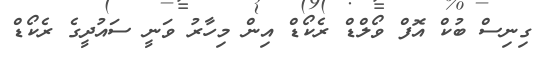
ގިނިސް ބުކް އޮފް ވޯލްޑް ރެކޯޑް އިން މިހާރު ވަނީ ސައުދީގެ ރެކޯޑް